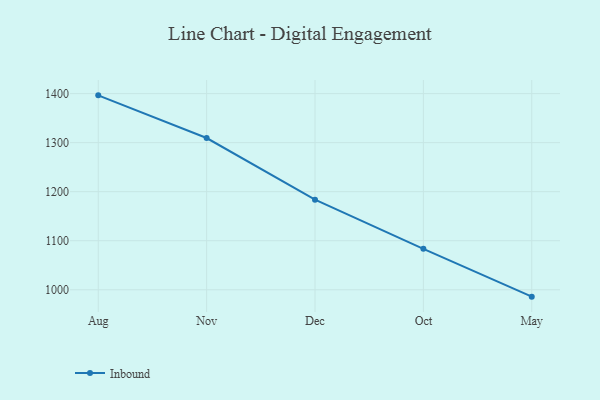
{"axis": {"x": "Month", "y": "Active Users"}, "legend": ["Inbound"], "data": [{"x": "Aug", "y": 1396.4, "type": "Inbound"}, {"x": "Nov", "y": 1309.4, "type": "Inbound"}, {"x": "Dec", "y": 1183.7, "type": "Inbound"}, {"x": "Oct", "y": 1083.5, "type": "Inbound"}, {"x": "May", "y": 986.0, "type": "Inbound"}]}